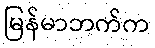
မြန်မာဘက်က